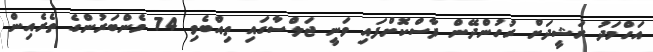
އަހްމަދު ރަޝީދަށް ރުހުންދޭން ފާސްކޮށްފައި ވަނީ ޖަލްސާގައި ތިއްބެވި 74 މެންބަރުންގެ ތެރެއިން